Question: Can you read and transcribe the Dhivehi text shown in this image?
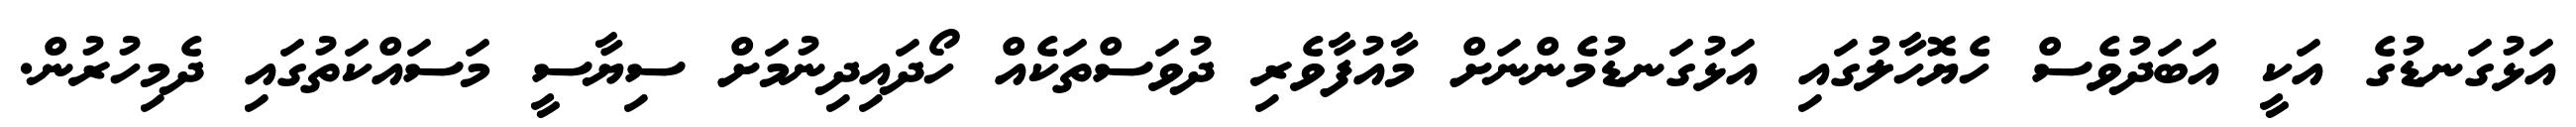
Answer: އަޅުގަނޑުގެ އަކީ އަބަދުވެސް ހެޔޮހާލުގައި އަޅުގަނޑުމެންނަށް މާއުފާވެރި ދުވަސްތަކެއް ހޯދައިދިނުމަށް ސިޔާސީ މަސައްކަތުގައި ދެމިހުރުން.